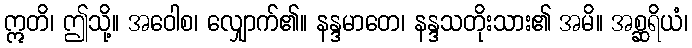
ဣတိ၊ ဤသို့။ အဝေါစ၊ လျှောက်၏။ နန္ဒမာတေ၊ နန္ဒသတိုးသား၏ အမိ။ အစ္ဆရိယံ၊